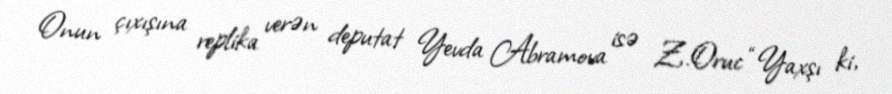
Onun çıxışına replika verən deputat Yevda Abramova isə Z.Oruc “Yaxşı ki,